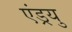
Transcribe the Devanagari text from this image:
एंड्रयु